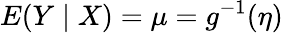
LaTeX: E(Y\mid X)=\mu=g^{-1}(\eta)